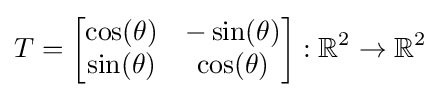
T={\begin{bmatrix}\cos(\theta )&-\sin(\theta )\\\sin(\theta )&\cos(\theta )\end{bmatrix}}:\mathbb {R} ^{2}\to \mathbb {R} ^{2}